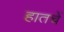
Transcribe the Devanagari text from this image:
हातचें